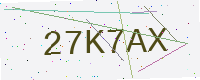
Text: 27K7AX